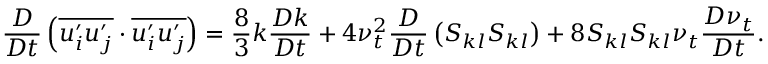
\frac { D } { D t } \left( \overline { { u _ { i } ^ { \prime } u _ { j } ^ { \prime } } } \cdot \overline { { u _ { i } ^ { \prime } u _ { j } ^ { \prime } } } \right) = \frac { 8 } { 3 } k \frac { D k } { D t } + 4 \nu _ { t } ^ { 2 } \frac { D } { D t } \left( S _ { k l } S _ { k l } \right) + 8 S _ { k l } S _ { k l } \nu _ { t } \frac { D \nu _ { t } } { D t } .